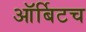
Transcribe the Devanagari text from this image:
ऑर्बिटच